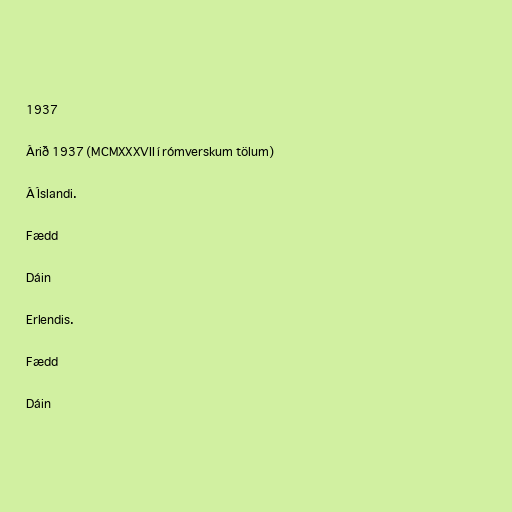
1937

Árið 1937 (MCMXXXVII í rómverskum tölum)

Á Íslandi.

Fædd

Dáin

Erlendis.

Fædd

Dáin